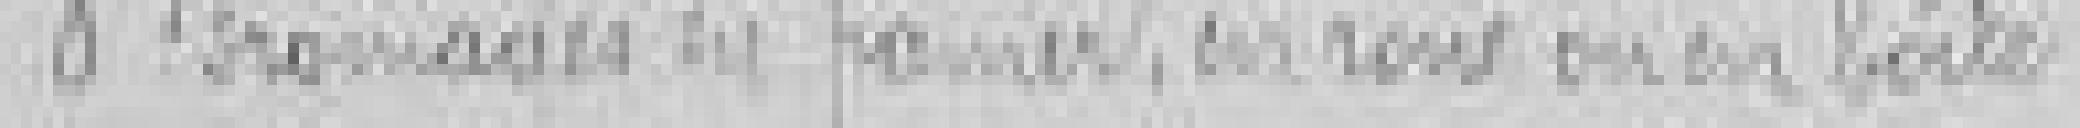
8. fromages au panier, en roue ou en boîte